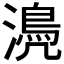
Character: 𣿆